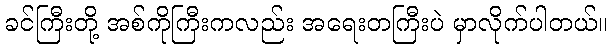
ခင်ကြီးတို့ အစ်ကိုကြီးကလည်း အရေးတကြီးပဲ မှာလိုက်ပါတယ်။